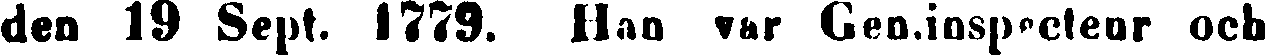
den 19 Sept. 1779. Han var Gen.inspecteur och